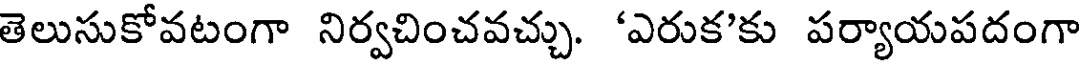
తెలుసుకోవటంగా నిర్వచించవచ్చు. 'ఎరుక'కు పర్యాయపదంగా